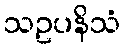
သဥပနိသံ